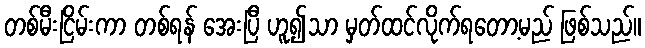
တစ်မီးငြိမ်းကာ တစ်ရန် အေးပြီ ဟူ၍သာ မှတ်ထင်လိုက်ရတော့မည် ဖြစ်သည်။